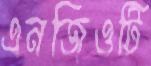
এনজিওটি